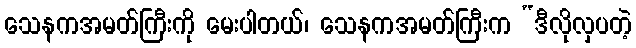
သေနကအမတ်ကြီးကို မေးပါတယ်၊ သေနကအမတ်ကြီးက “ဒီလိုလှပတဲ့